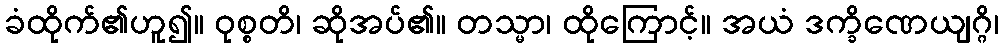
ခံထိုက်၏ဟူ၍။ ဝုစ္စတိ၊ ဆိုအပ်၏။ တသ္မာ၊ ထိုကြောင့်။ အယံ ဒက္ခိဏေယျဂ္ဂိ၊